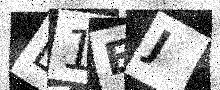
Text: L1EJ